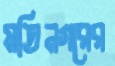
মতিনগরের